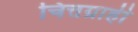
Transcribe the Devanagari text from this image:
चित्तग्राही